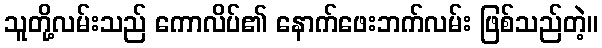
သူတို့လမ်းသည် ကောလိပ်၏ နောက်ဖေးဘက်လမ်း ဖြစ်သည်တဲ့။